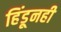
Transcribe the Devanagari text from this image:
हिंडूनही